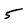
Character: 5